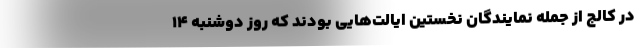
در کالج از جمله نمایندگان نخستین ایالت‌هایی بودند که روز دوشنبه ۱۴